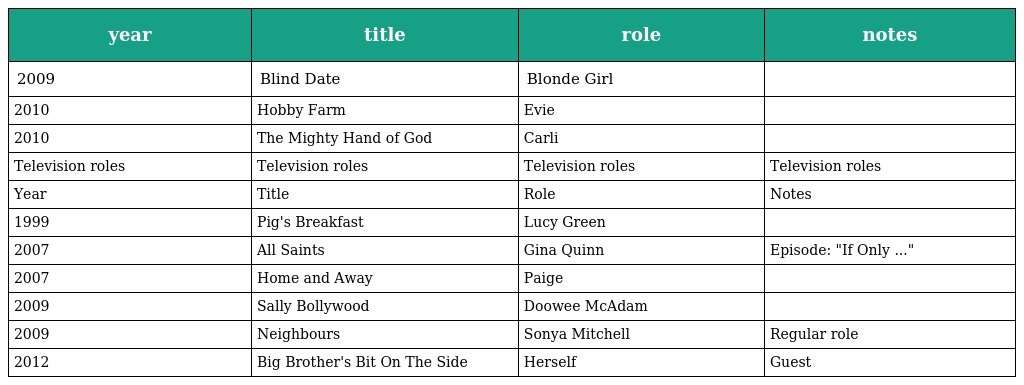
| year | title | role | notes |
 | --- | --- | --- | --- |
 | 2009 | Blind Date | Blonde Girl |  |
 | 2010 | Hobby Farm | Evie |  |
 | 2010 | The Mighty Hand of God | Carli |  |
 | Television roles | Television roles | Television roles | Television roles |
 | Year | Title | Role | Notes |
 | 1999 | Pig's Breakfast | Lucy Green |  |
 | 2007 | All Saints | Gina Quinn | Episode: "If Only ..." |
 | 2007 | Home and Away | Paige |  |
 | 2009 | Sally Bollywood | Doowee McAdam |  |
 | 2009 | Neighbours | Sonya Mitchell | Regular role |
 | 2012 | Big Brother's Bit On The Side | Herself | Guest |